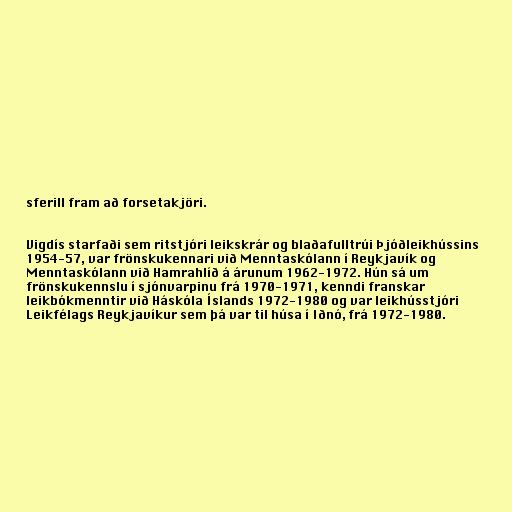
sferill fram að forsetakjöri.

Vigdís starfaði sem ritstjóri leikskrár og blaðafulltrúi Þjóðleikhússins
1954-57, var frönskukennari við Menntaskólann í Reykjavík og
Menntaskólann við Hamrahlíð á árunum 1962-1972. Hún sá um
frönskukennslu í sjónvarpinu frá 1970-1971, kenndi franskar
leikbókmenntir við Háskóla Íslands 1972-1980 og var leikhússtjóri
Leikfélags Reykjavíkur sem þá var til húsa í Iðnó, frá 1972-1980.